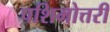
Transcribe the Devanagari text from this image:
पशिमोत्तरी